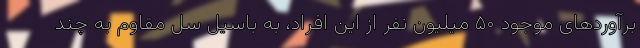
برآوردهای موجود ۵۰ میلیون نفر از این افراد، به باسیل سل مقاوم به چند